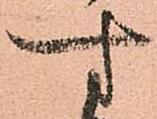
す